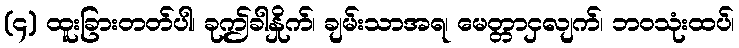
(၄) ထူးခြားတတ်ပါ၊ ခုဤခါနှိုက်၊ ချမ်းသာအရ၊ မေတ္တာငှလျက်၊ ဘဝသုံးထပ်၊